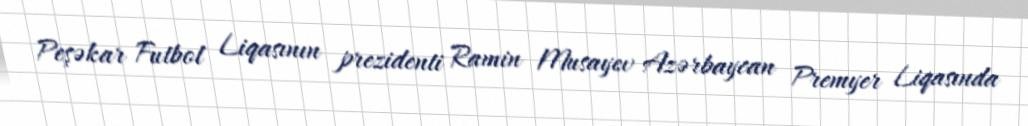
Peşəkar Futbol Liqasının prezidenti Ramin Musayev Azərbaycan Premyer Liqasında